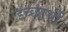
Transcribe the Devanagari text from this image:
इच्छार्थी